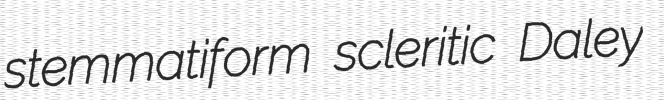
stemmatiform scleritic Daley